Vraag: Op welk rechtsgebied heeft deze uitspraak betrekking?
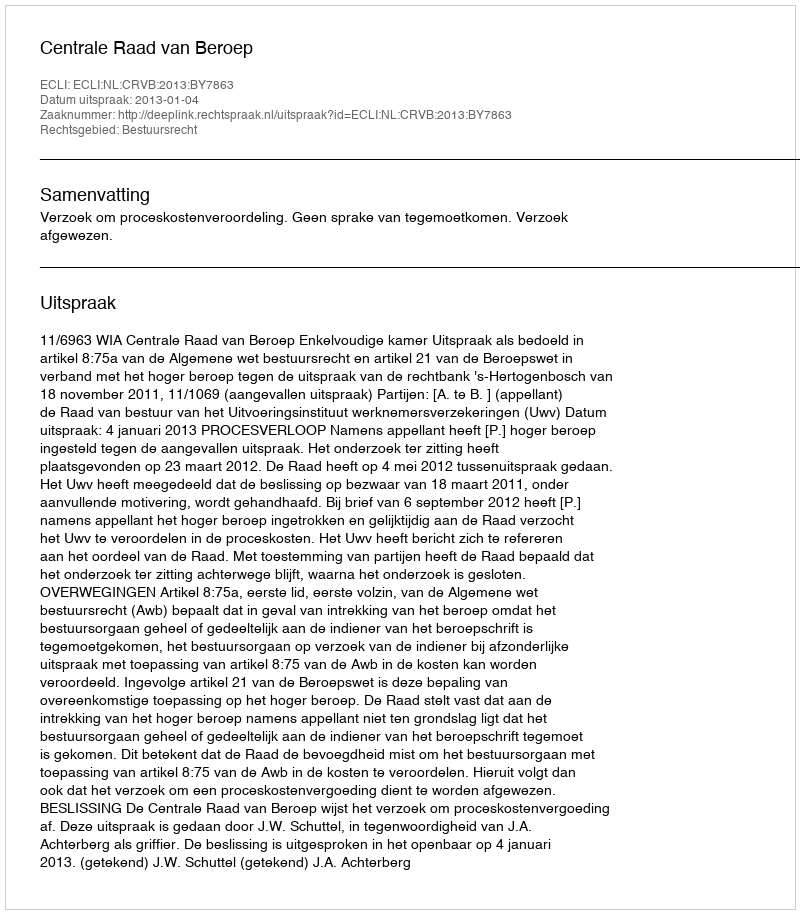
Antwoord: Bestuursrecht